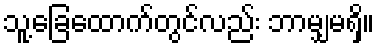
သူ့ခြေထောက်တွင်လည်း ဘာမျှမရှိ။